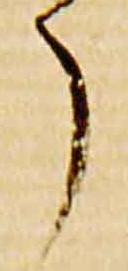
了